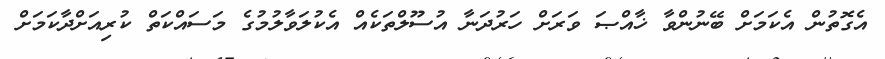
އެގޮތުން އެކަމަށް ބޭނުންވާ ޚާއްޞަ ވަރަށް ހަރުދަނާ އުސޫލްތަކެއް އެކުލަވާލުމުގެ މަސައްކަތް ކުރިއަށްދާކަމަށް